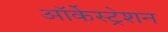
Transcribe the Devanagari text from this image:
ऑर्केस्ट्रेशन